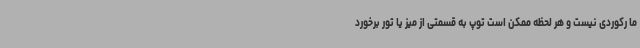
ما رکوردی نیست و هر لحظه ممکن است توپ به قسمتی از میز یا تور برخورد